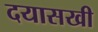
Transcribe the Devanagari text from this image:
दयासखी